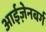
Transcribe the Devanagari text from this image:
आईज़ेनबर्ग